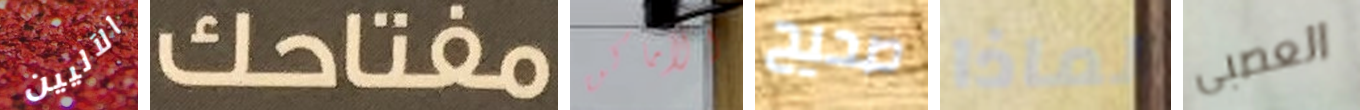
الآليين مفتاحك الأماكن صحيح لماذا العصبى